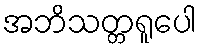
အဘိသတ္တရူပေါ